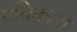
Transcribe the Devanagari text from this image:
प्रतिकारा